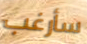
سأرغب